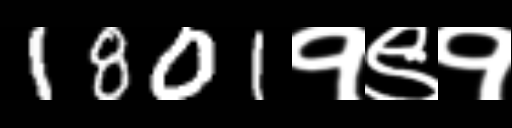
Text: 1801१९१